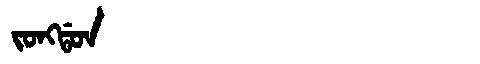
Manchu: ᠵᠣᠩᡩᠣᠨ
Romanization: JONGDON